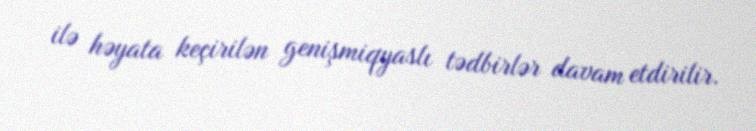
ilə həyata keçirilən genişmiqyaslı tədbirlər davam etdirilir.